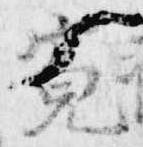
寛